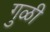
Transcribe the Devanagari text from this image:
गुळी